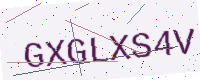
Text: GXGLXS4V